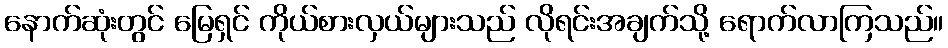
နောက်ဆုံးတွင် မြေရှင် ကိုယ်စားလှယ်များသည် လိုရင်းအချက်သို့ ရောက်လာကြသည်။